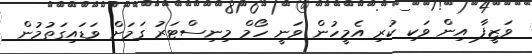
ވަޒީފާ އިން ވަކި ކުރި އެމީހުން ވަނީ ހޯމް މިނިސްޓަރު ގަމަށް ވަޑައިގަތުމުން